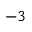
^ { - 3 }